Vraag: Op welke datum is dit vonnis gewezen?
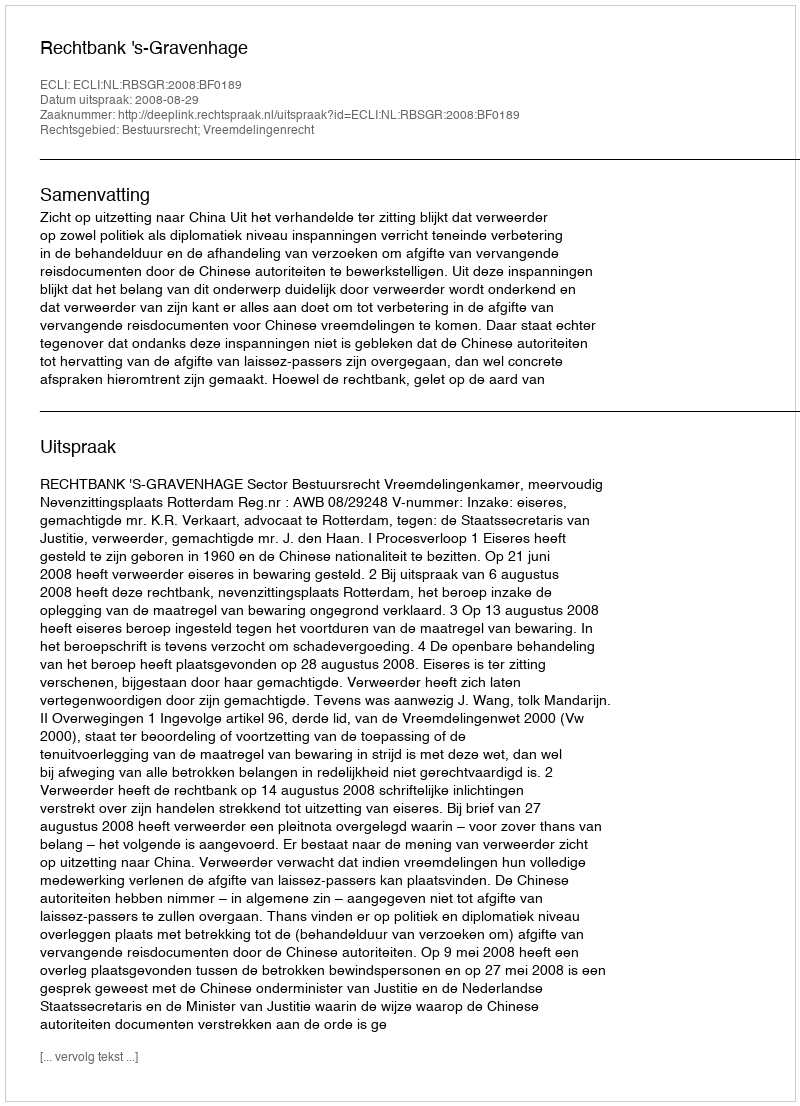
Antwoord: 2008-08-29